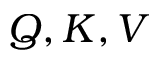
Q , K , V